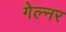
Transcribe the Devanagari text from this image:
गेल्नर